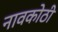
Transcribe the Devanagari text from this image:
नावकोठी